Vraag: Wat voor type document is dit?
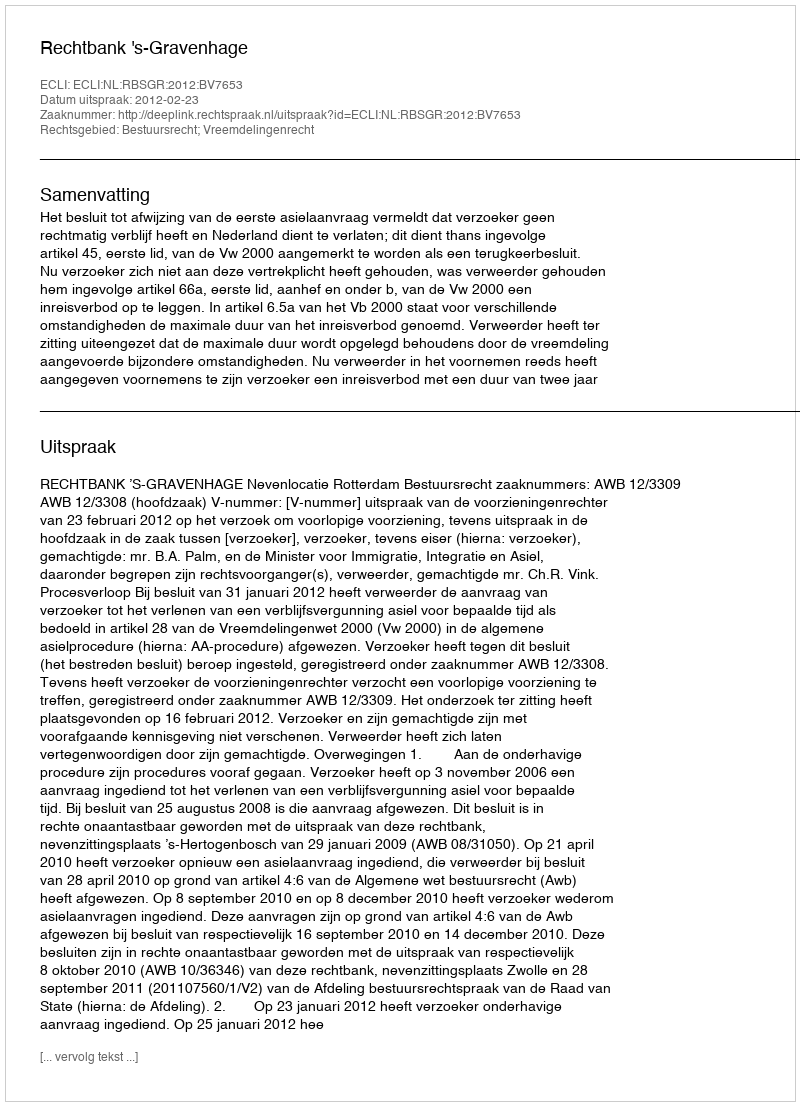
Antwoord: Uitspraak